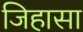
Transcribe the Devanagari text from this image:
जिहासा